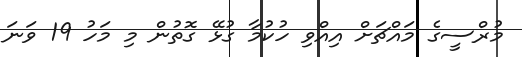
މުރްސީގެ މައްޗަށް އިއްވި ހުކުމާ ގުޅޭ ގޮތުން މި މަހު 19 ވަނަ